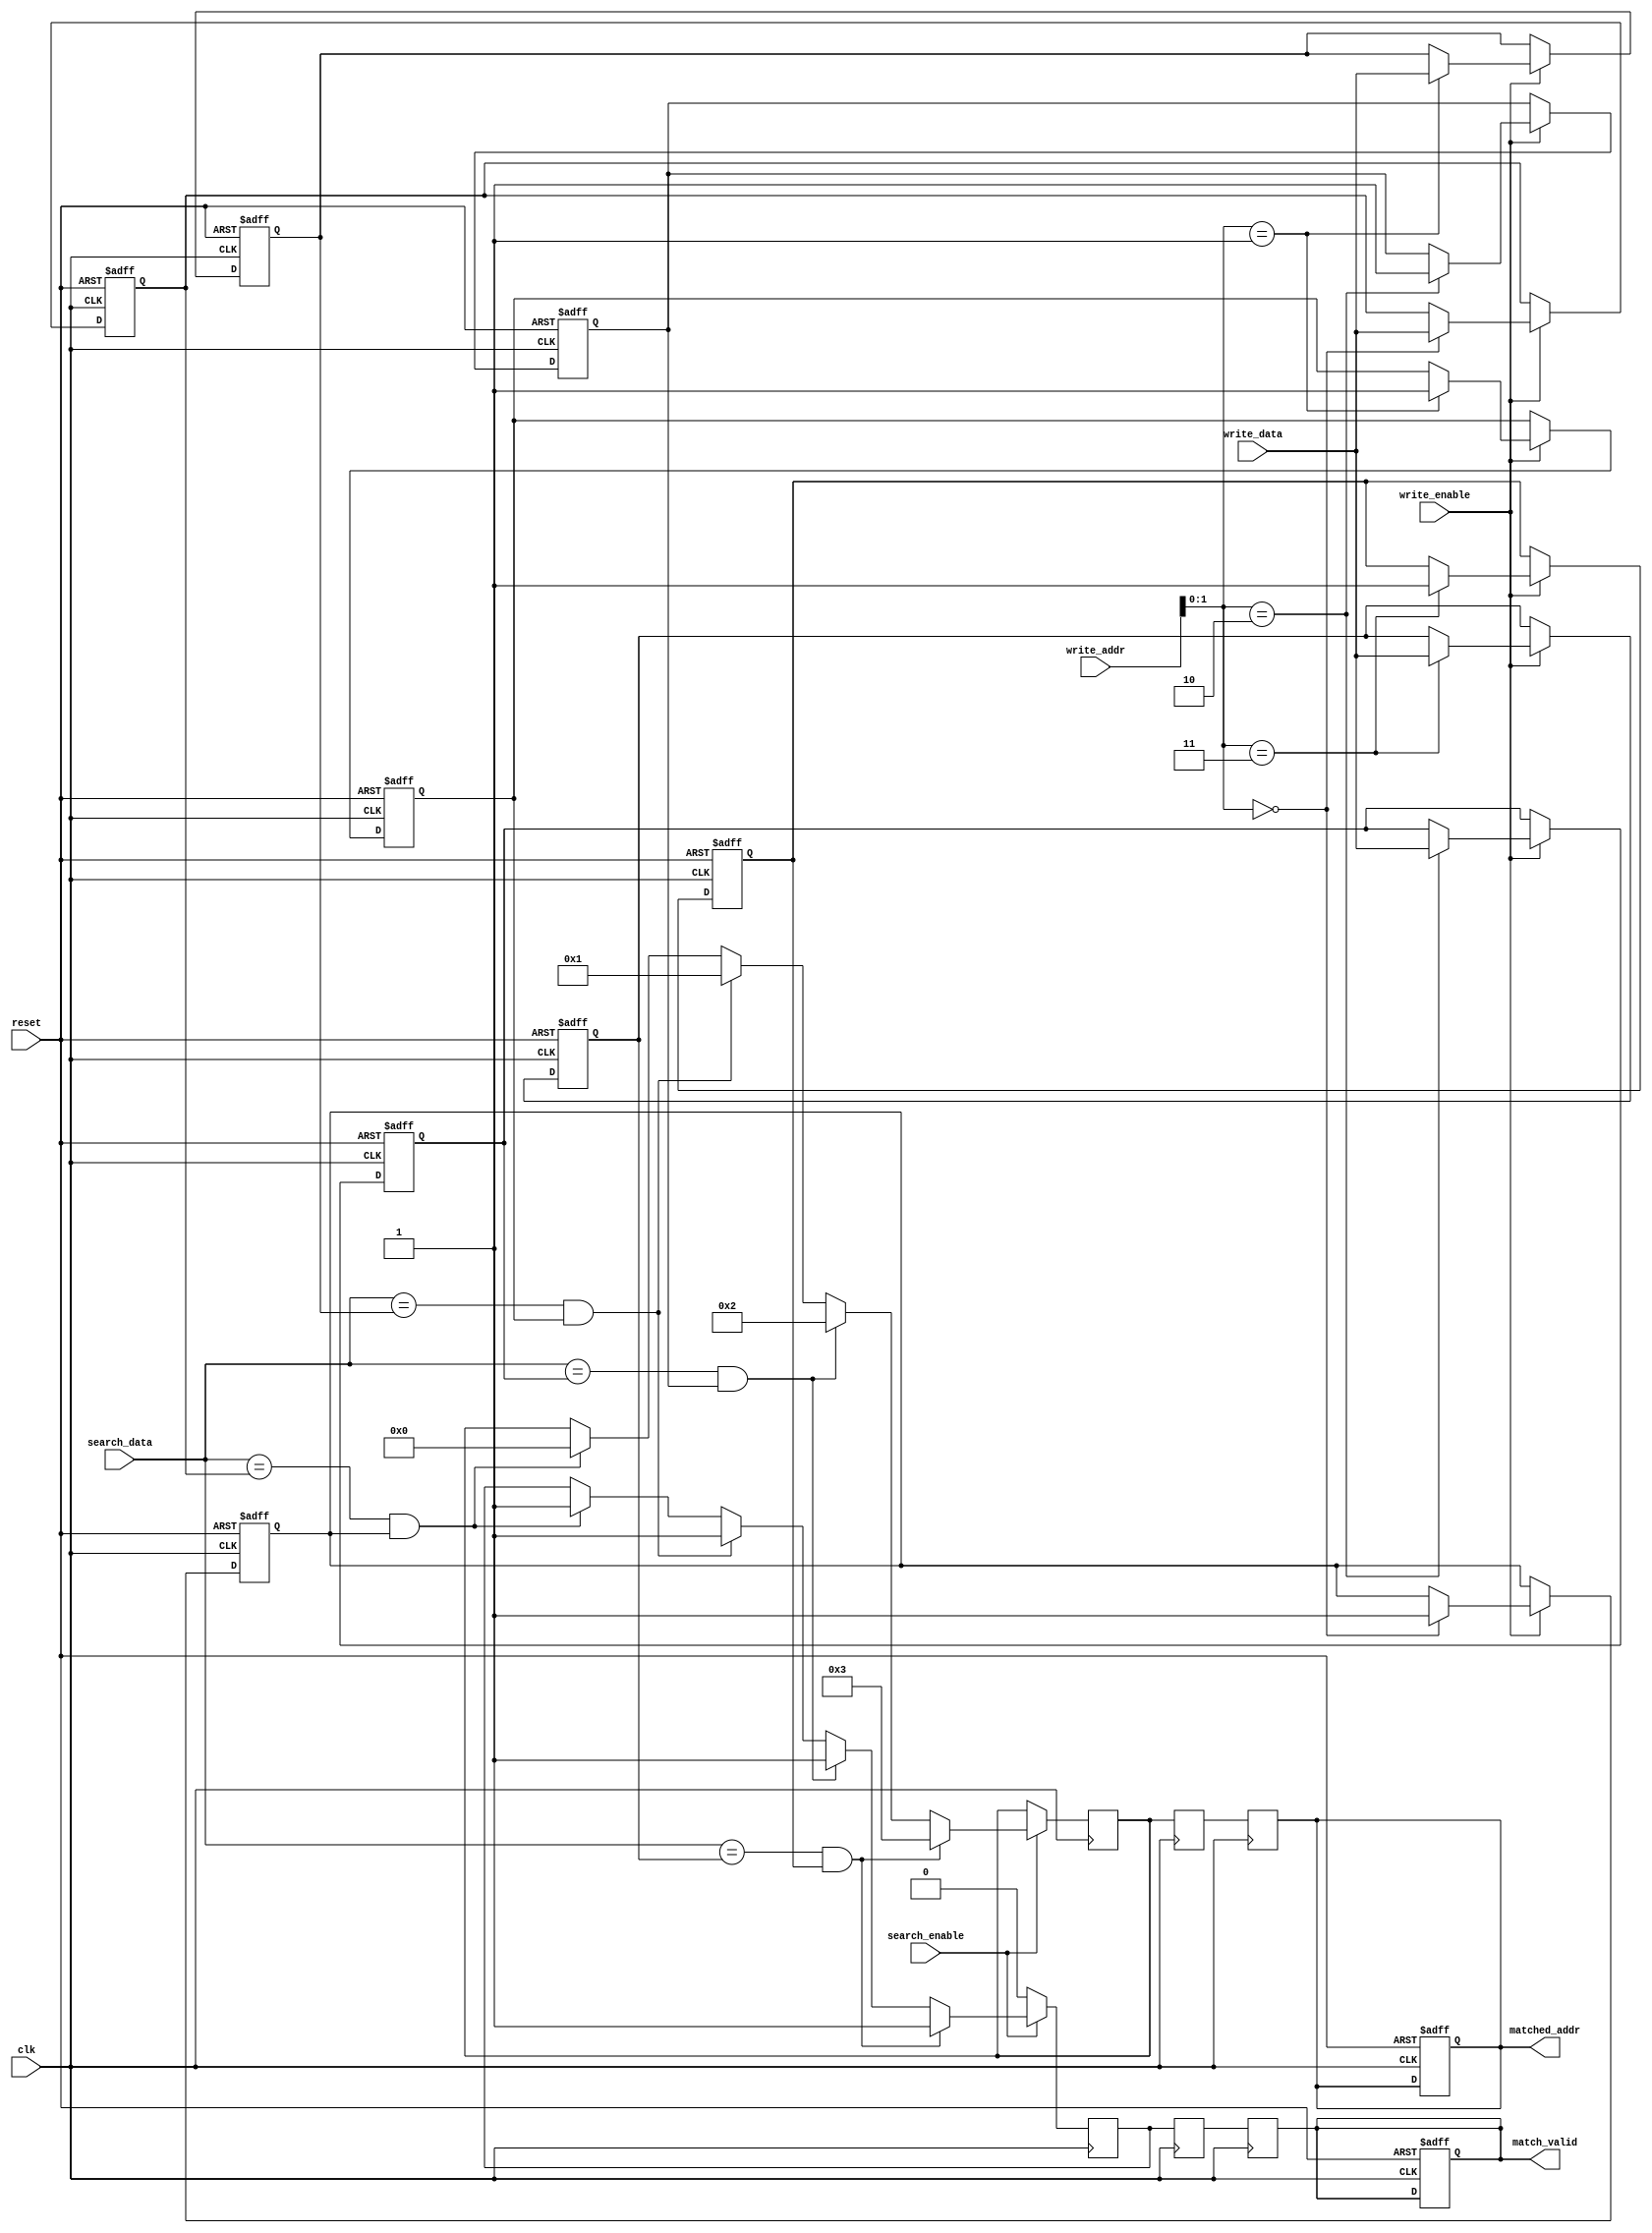
module pipelined_cam #(
    parameter DATA_WIDTH = 8,    // Width of the data entries
    parameter ADDR_WIDTH = 4,    // Number of entries in CAM
    parameter PIPELINE_DEPTH = 2  // Depth of the pipeline
) (
    input wire clk,
    input wire reset,
    
    input wire [DATA_WIDTH-1:0] search_data,
    input wire search_enable,
    input wire write_enable,
    
    input wire [DATA_WIDTH-1:0] write_data,
    input wire [ADDR_WIDTH-1:0] write_addr,
    
    output reg [ADDR_WIDTH-1:0] matched_addr,
    output reg match_valid
);

    // Memory array with valid bits
    reg [DATA_WIDTH-1:0] cam_array [0:ADDR_WIDTH-1];
    reg valid_bits [0:ADDR_WIDTH-1];

    // Intermediate pipeline registers
    reg [DATA_WIDTH-1:0] pipeline_reg [0:PIPELINE_DEPTH-1];
    reg [ADDR_WIDTH-1:0] match_addr_reg [0:PIPELINE_DEPTH-1];
    reg match_valid_reg [0:PIPELINE_DEPTH-1];

    // Search logic
    integer i;
    wire [ADDR_WIDTH-1:0] match_addr;
    wire local_match_valid;

    assign local_match_valid = |(search_data == cam_array[i] && valid_bits[i]);

    // Write operation
    always @(posedge clk or posedge reset) begin
        if (reset) begin
            for (i = 0; i < ADDR_WIDTH; i = i + 1) begin
                cam_array[i] <= {DATA_WIDTH{1'b0}};
                valid_bits[i] <= 1'b0;
            end
            matched_addr <= {ADDR_WIDTH{1'b0}};
            match_valid <= 1'b0;
        end else if (write_enable) begin
            cam_array[write_addr] <= write_data;
            valid_bits[write_addr] <= 1'b1;
        end
    end

    // Pipeline Search Operation
    always @(posedge clk) begin
        if (search_enable) begin
            for (i = 0; i < ADDR_WIDTH; i = i + 1) begin
                if (search_data == cam_array[i] && valid_bits[i]) begin
                    match_addr_reg[0] <= i;
                    match_valid_reg[0] <= 1'b1;
                end
            end
        end else begin
            match_valid_reg[0] <= 1'b0;
        end

        // Pipelining through stages
        for (i = 1; i < PIPELINE_DEPTH; i = i + 1) begin
            match_addr_reg[i] <= match_addr_reg[i-1];
            match_valid_reg[i] <= match_valid_reg[i-1];
        end

        // Output
        matched_addr <= match_addr_reg[PIPELINE_DEPTH-1];
        match_valid <= match_valid_reg[PIPELINE_DEPTH-1];
    end

endmodule